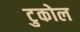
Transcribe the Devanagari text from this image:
टुकोल